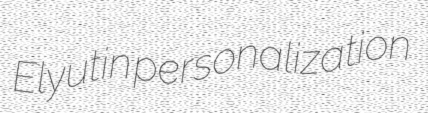
Elyutin personalization